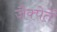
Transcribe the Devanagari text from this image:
जैक्पेतें